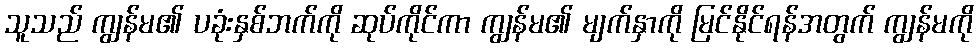
သူသည် ကျွန်မ၏ ပခုံးနှစ်ဘက်ကို ဆုပ်ကိုင်ကာ ကျွန်မ၏ မျက်နှာကို မြင်နိုင်ရန်အတွက် ကျွန်မကို